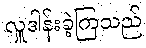
လှူဒါန်းခဲ့ကြသည်